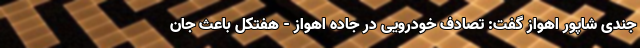
جندی شاپور اهواز گفت: تصادف خودرویی در جاده اهواز - هفتکل باعث جان